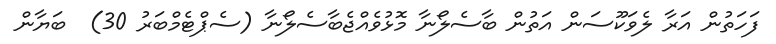
ފަހަތުން އަރާ ލެވަކޫސަން އަތުން ބާސެލޯނާ މޮޅުވެއްޖެބާސެލޯނާ (ސެޕްޓެމްބަރު 30)  ބަޔާން